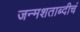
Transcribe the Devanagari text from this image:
जन्मशताब्दीचं